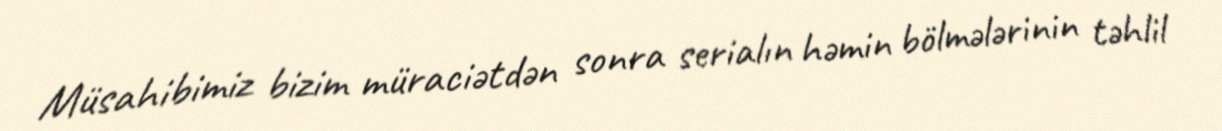
Müsahibimiz bizim müraciətdən sonra serialın həmin bölmələrinin təhlil